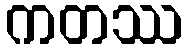
ကတဿ